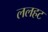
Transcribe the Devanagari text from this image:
ललहट